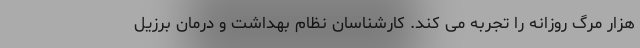
هزار مرگ روزانه را تجربه می کند. کارشناسان نظام بهداشت و درمان برزیل